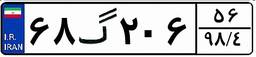
۱۶گ۷۲۸۸۲